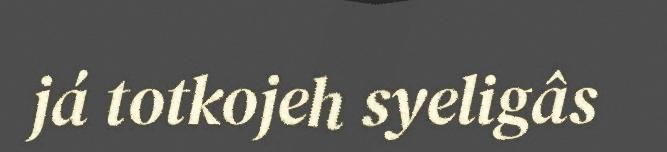
já totkojeh syeligâs